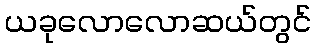
ယခုလောလောဆယ်တွင်